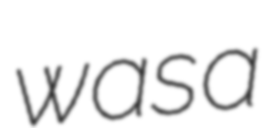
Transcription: was a